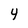
Character: 4